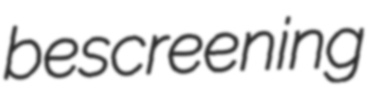
bescreening